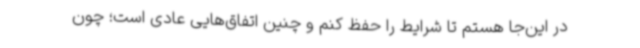
در این‌جا هستم تا شرایط را حفظ کنم و چنین اتفاق‌هایی عادی است؛ چون